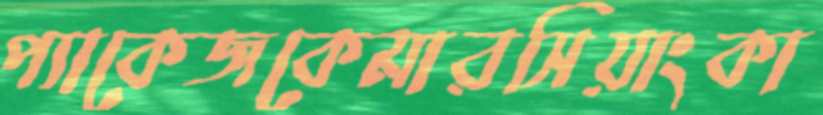
প্যাকেজকেমারসিয়াংকা